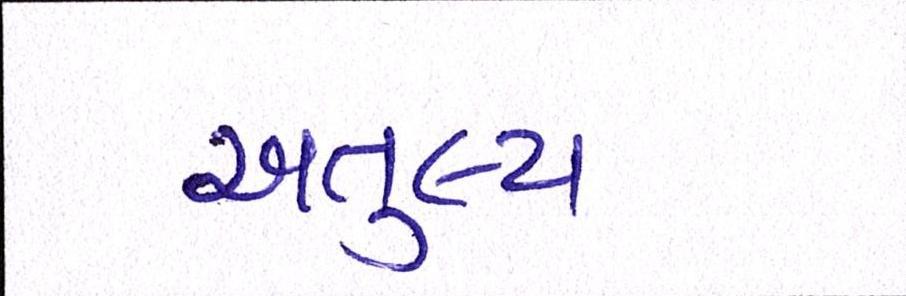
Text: અતુલ્ય